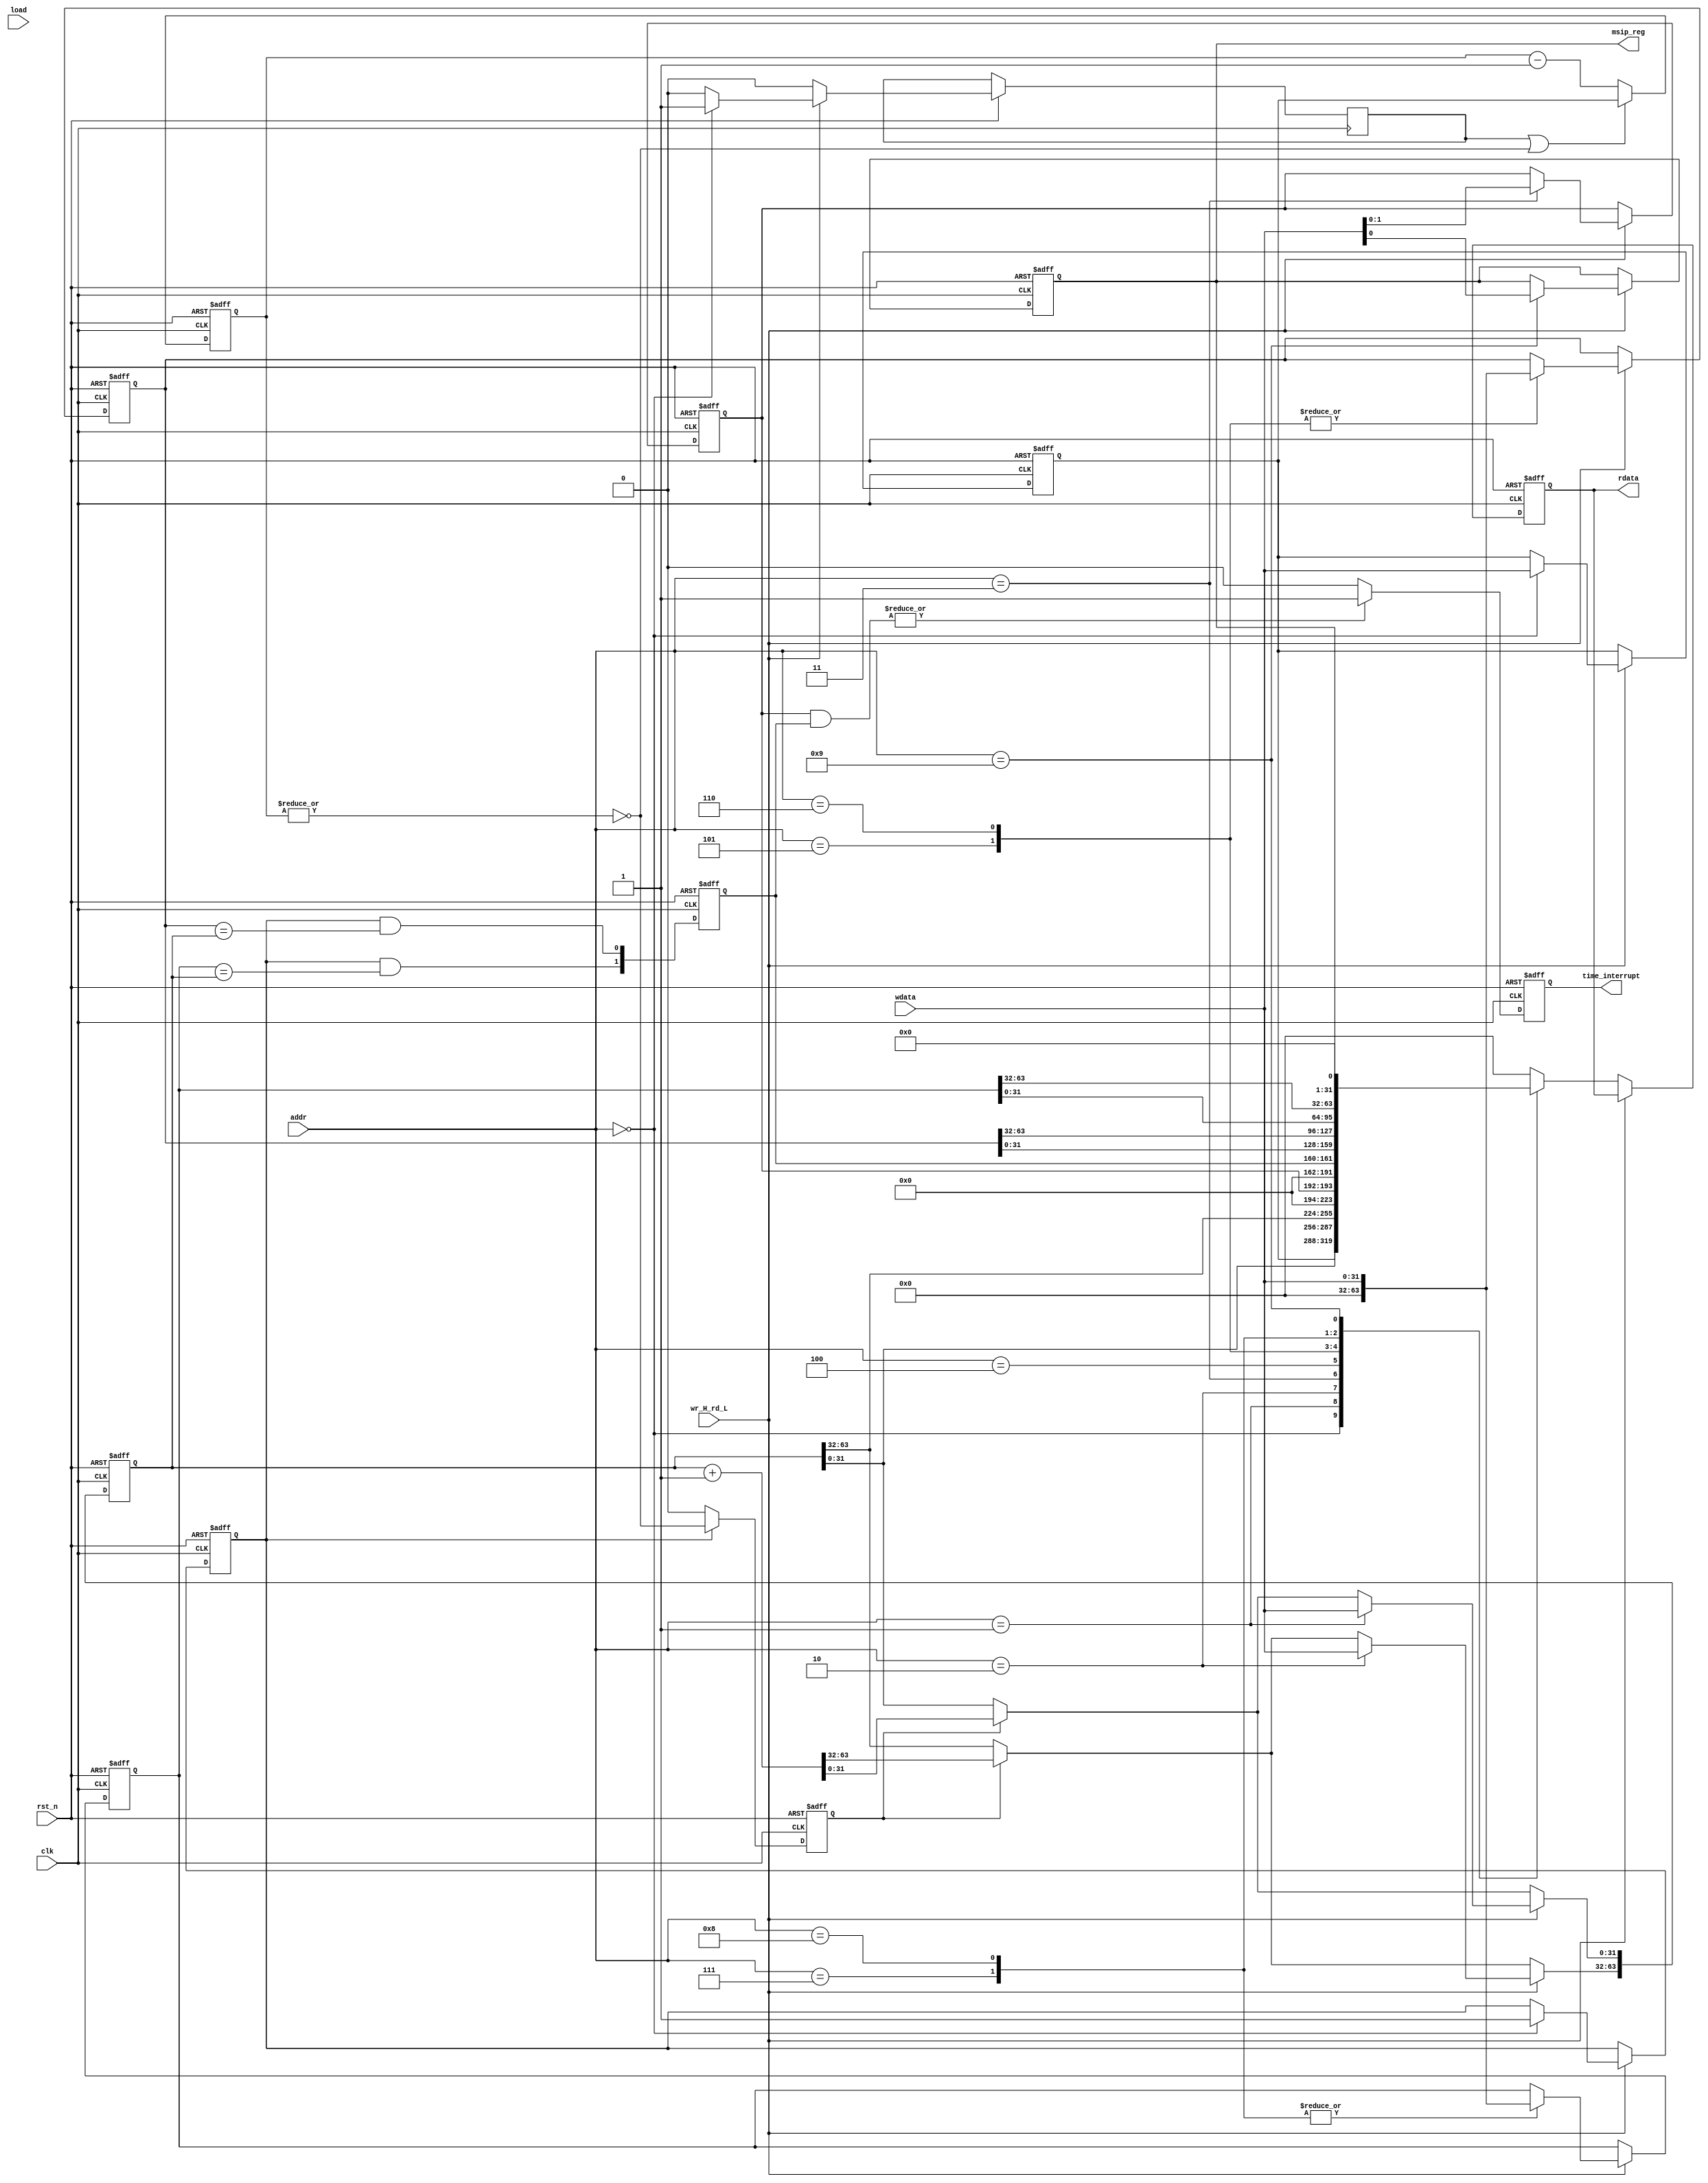
module CLINT(
input clk,
input rst_n,
input wr_H_rd_L,
input load,
input [3:0]addr,
input [31:0]wdata,
output reg[31:0]rdata,
output reg time_interrupt,
output reg msip_reg)
;
reg [31:0]PRESCALER;
reg [63:0]TIME;
reg [1:0]IENABLE_reg;
reg [1:0]IPEMDING_reg;
reg [63:0]TIMECMP0;
reg [63:0]TIMECMP1;
reg prescale_wr;
reg count_enable;
reg enabled;
reg [31:0]prescale_cnt;
always@(posedge clk or negedge rst_n)
	if(!rst_n)
		rdata<=32'b0;
	else if(!wr_H_rd_L)
		case(addr)
		4'd0:		rdata<=PRESCALER;
		4'd1:    rdata<=TIME[31:0];
		4'd2: 	rdata<=TIME[63:32];
		4'd3:  	rdata<={{29'b0},{IENABLE_reg}};
		4'd4:		rdata<={{29'b0},{IPEMDING_reg}};
		4'd5: 	rdata<=TIMECMP0[31:0];
		4'd6: 	rdata<=TIMECMP0[63:32];
		4'd7: 	rdata<=TIMECMP1[31:0];
		4'd8:		rdata<=TIMECMP1[63:32];
		4'd9:     rdata<={{30'b0},{msip_reg}};
		default: rdata<=32'd0;
		endcase

always@(posedge clk or negedge rst_n)
	if(!rst_n)
		begin
			PRESCALER	 <=32'b0;
			TIME	 		 <=64'b0;
			IENABLE_reg	 <=2'b0;
			IPEMDING_reg <=2'b0;
			TIMECMP0		 <=64'b0;
			TIMECMP1		 <=64'b0;
			msip_reg		 <=1'b0;
			enabled<=1'b0;
		end
	else
		begin
			prescale_wr	<=1'b0;
			IPEMDING_reg[0]<=enabled & (TIMECMP0==TIME);
			IPEMDING_reg[1]<=enabled & (TIMECMP1==TIME);
			if(count_enable)TIME<=TIME+1'b1;
			if(wr_H_rd_L)
				case(addr)
					4'd0:		begin
									PRESCALER	<=wdata;
									enabled		<=1'b1;
									prescale_wr	<=1'b1;
								end
					4'd1:   		TIME[31:0]  <=wdata;
					4'd2: 		TIME[63:32] <=wdata;
					4'd3:  		IENABLE_reg <=wdata[1:0];
					4'd4:		;//read_only
					4'd5: 		TIMECMP0	<=wdata;
					4'd6: 		TIMECMP0 <=wdata;
					4'd7: 		TIMECMP1 <=wdata;
					4'd8:			TIMECMP1	<=wdata;
					4'd9:     	msip_reg  <=wdata[0];
				endcase
		end

always@(posedge clk or negedge rst_n)
	if(!rst_n) prescale_cnt<=32'b0;
	else if(prescale_wr || ~|prescale_cnt) prescale_cnt<=PRESCALER;
	else								   prescale_cnt<=prescale_cnt-1'b1;
	
always@(posedge clk or negedge rst_n)
	if		(!rst_n) 	count_enable <= 1'b0;
	else if(!enabled)	count_enable <= 1'b0;
	else 				count_enable<=~|prescale_cnt;



always@(posedge clk or negedge rst_n)
	if		(!rst_n)						time_interrupt<=1'b0;
	else if (|(IENABLE_reg & IPEMDING_reg))	time_interrupt<=1'b1;
	else									time_interrupt<=1'b0;
	
endmodule